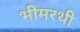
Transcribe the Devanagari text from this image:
भीमरथी